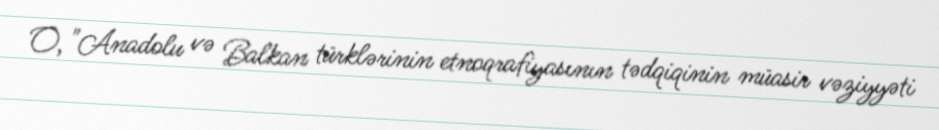
O, "Anadolu və Balkan türklərinin etnoqrafiyasının tədqiqinin müasir vəziyyəti